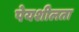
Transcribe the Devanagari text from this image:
पेयशीलता